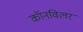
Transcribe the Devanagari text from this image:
कॉनविलर